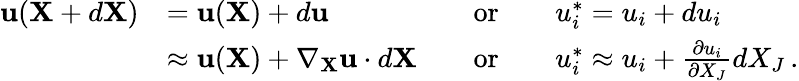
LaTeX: {\begin{array}{rlrl}{\mathbf{u}(\mathbf{X}+d\mathbf{X})}&{=\mathbf{u}(\mathbf{X})+d\mathbf{u}\quad}&{{\mathrm{or}}}&{\quad u_{i}^{*}=u_{i}+du_{i}}\\ &{\approx\mathbf{u}(\mathbf{X})+\nabla_{\mathbf{X}}\mathbf{u}\cdot d\mathbf{X}\quad}&{{\mathrm{or}}}&{\quad u_{i}^{*}\approx u_{i}+{\frac{\partial u_{i}}{\partial X_{J}}}dX_{J}\, .}\end{array}}